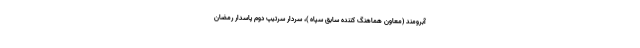
آبرومند (معاون هماهنگ کننده سابق سپاه )، سردار سرتیپ دوم پاسدار رمضان